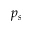
p _ { s }